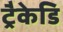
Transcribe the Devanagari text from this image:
ट्रैकेडि